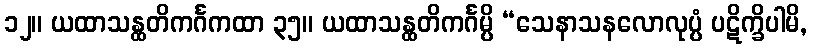
၁၂။ ယထာသန္ထတိကင်္ဂကထာ ၃၅။ ယထာသန္ထတိကင်္ဂမ္ပိ “သေနာသနလောလုပ္ပံ ပဋိက္ခိပါမိ,